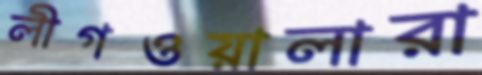
লীগওয়ালারা